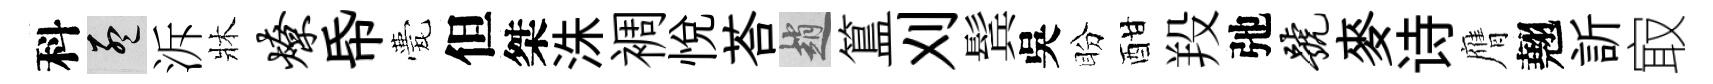
科孟泝牀燎帋甍但桀洙裯悦荅趙簋刈鬂吳盼酣羖弛号麥诗膺翹訢㝡